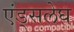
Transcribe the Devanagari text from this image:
एंड्सलेघ